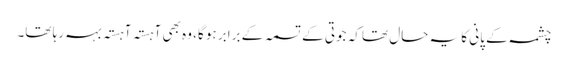
چشمہ کے پانی کا یہ حال تھا کہ جوتی کے تسمہ کے برابر ہو گا، وہ بھی آہستہ آہستہ بہہ رہا تھا۔